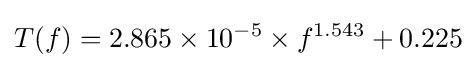
T(f)=2.865\times 10^{-5}\times f^{1.543}+0.225